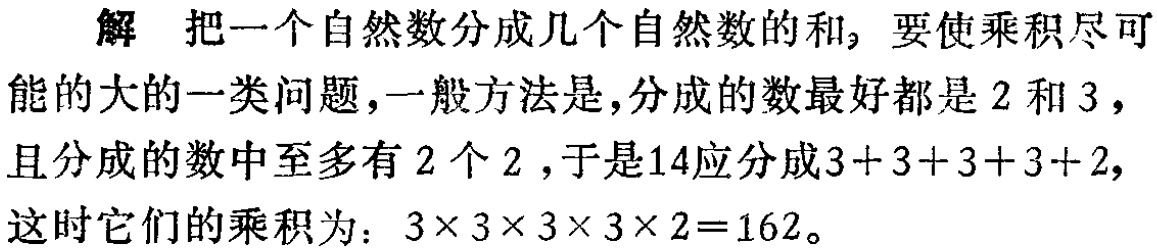
解 把一个自然数分成几个自然数的和, 要使乘积尽可能的大的一类问题,一般方法是,分成的数最好都是 \(2\) 和 \(3\),且分成的数中至多有 \(2\) 个 \(2\),于是 \(14\)应分成\(3 + 3 + 3 + 3+2\),这时它们的乘积为：\(3\times 3\times 3\times 3\times 2 = 162\)。